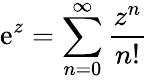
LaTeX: \mathrm{e}^{z}=\sum_{n=0}^{\infty}\frac{{z^{n}}}{{n!}}